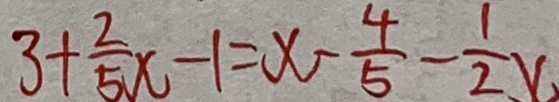
3 + \frac { 2 } { 5 } x - 1 = x - \frac { 4 } { 5 } - \frac { 1 } { 2 } x